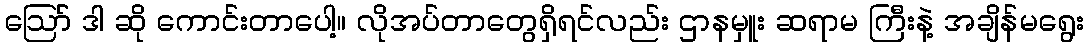
ဪ ဒါ ဆို ကောင်းတာပေါ့။ လိုအပ်တာတွေရှိရင်လည်း ဌာနမှူး ဆရာမ ကြီးနဲ့ အချိန်မရွေး